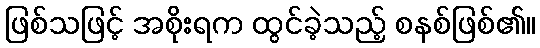
ဖြစ်သဖြင့် အစိုးရက ထွင်ခဲ့သည့် စနစ်ဖြစ်၏။